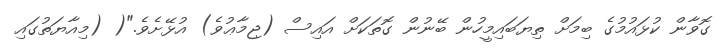
ގޮވާން ކުޅައުމުގެ ބިމަށް ތިޔަބައިމީހުން ބޭނުން ގޮތަކަށް އައިސް (ޖިމާޢުވެ) އުޅޭށެވެ."( (މިއާޔަތުގައި